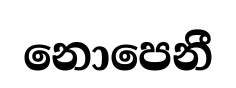
නොපෙනී